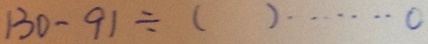
( 1 3 0 - 9 1 ) \div ( ) \cdots 0